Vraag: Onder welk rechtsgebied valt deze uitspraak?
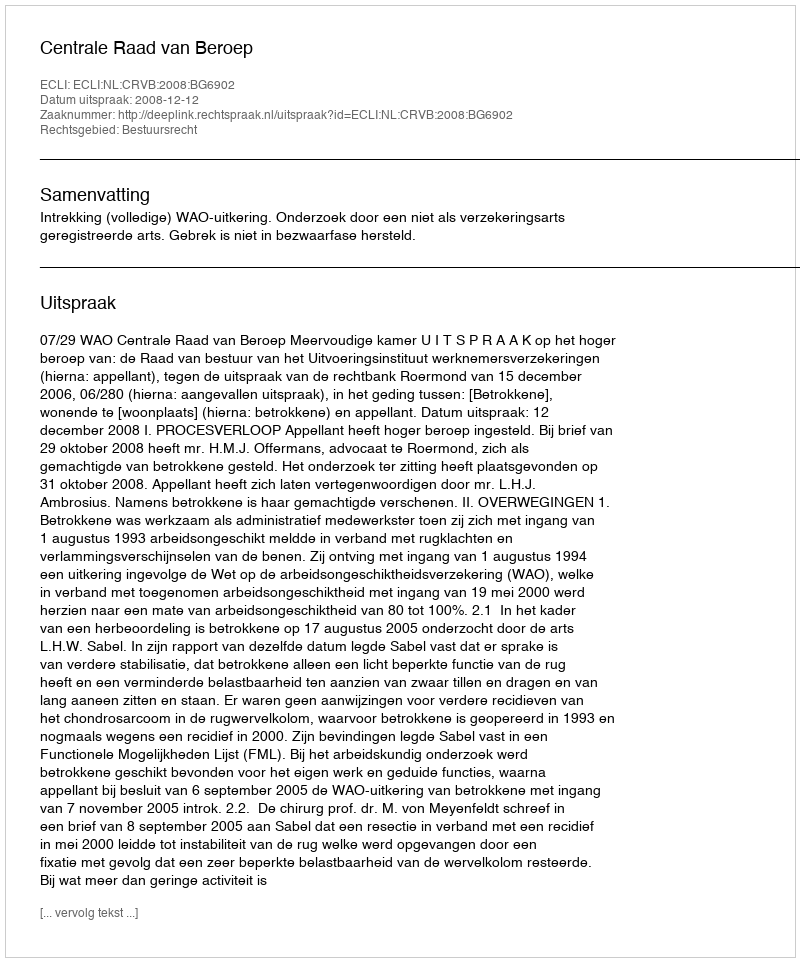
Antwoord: Bestuursrecht